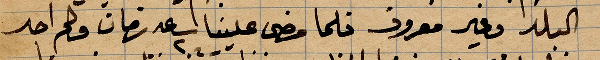
البلد وغير معروف فلما مضى علينا ساعة ٢ زمان ولم احد